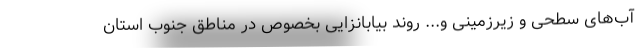
آب‌های سطحی و زیرزمینی و... روند بیابانزایی بخصوص در مناطق جنوب استان